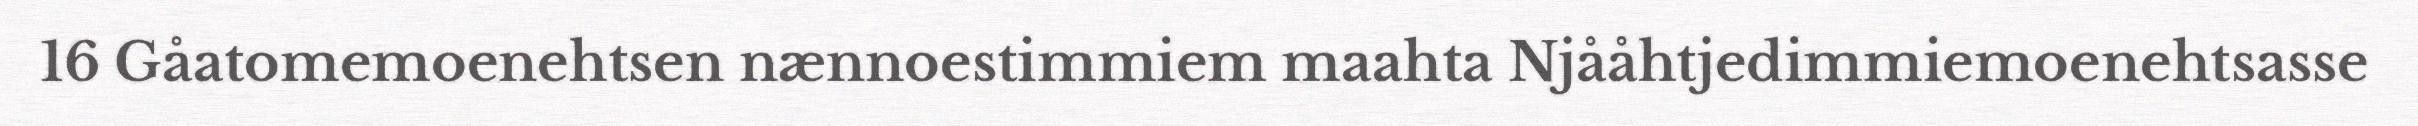
16 Gåatomemoenehtsen nænnoestimmiem maahta Njååhtjedimmiemoenehtsasse